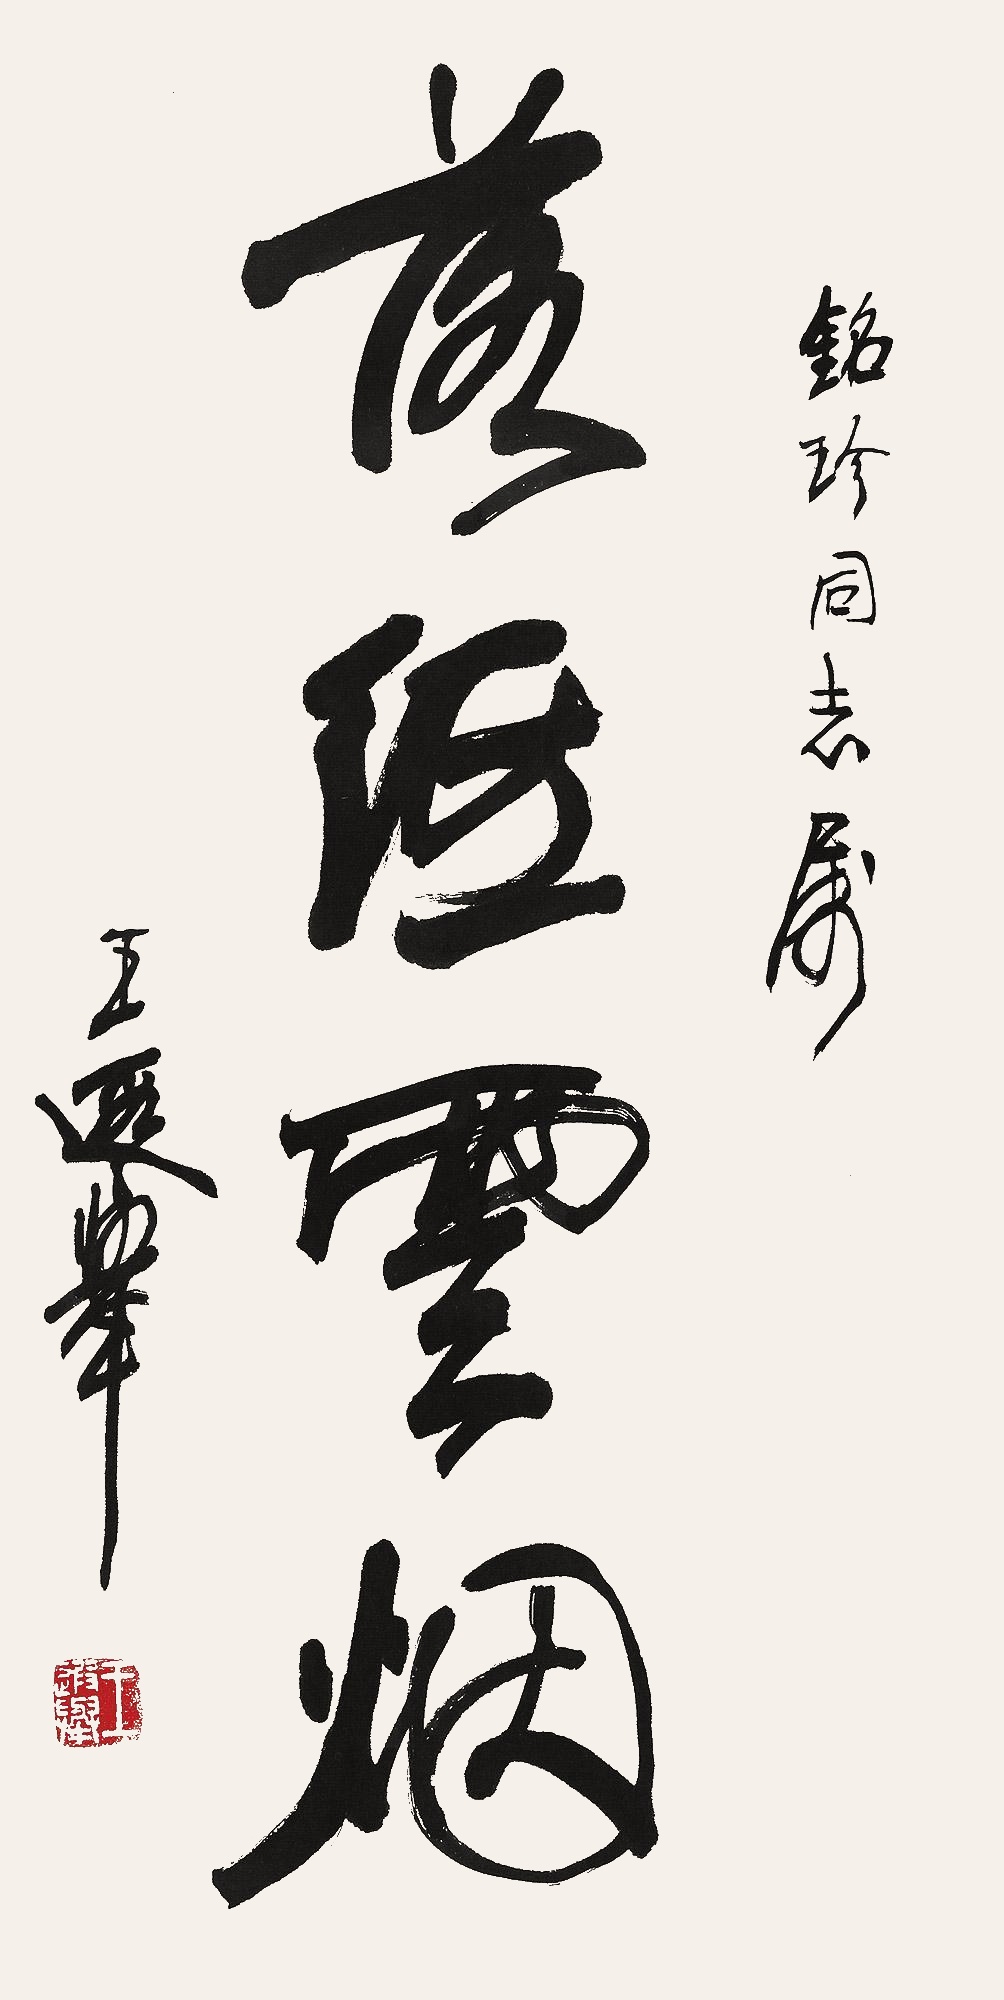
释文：落纸云烟铭珍同志属。王遐举。